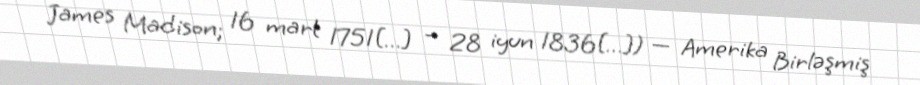
James Madison; 16 mart 1751[…] – 28 iyun 1836[…]) — Amerika Birləşmiş